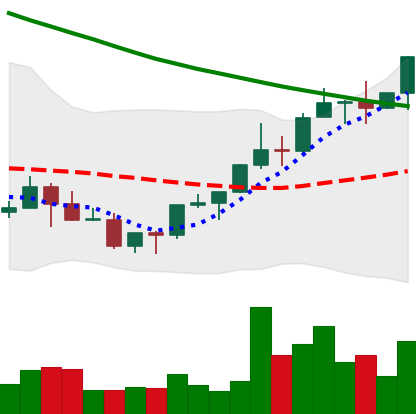
Ticker: NEO-USD
Chart end date: 2022-03-27
Forward return: 7.369%
Label: up_7plus